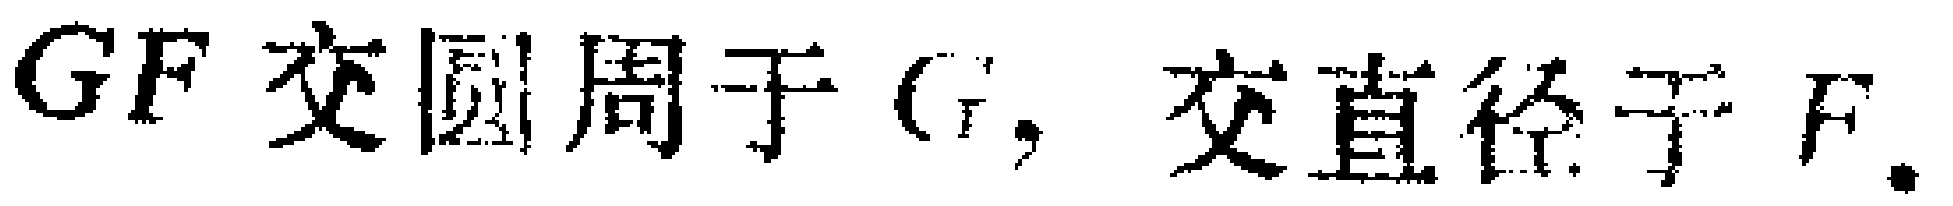
$GF$交圆周于$G$，交直径于$F$.